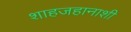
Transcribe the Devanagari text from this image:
शाहजहानाशी